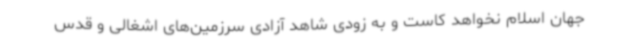
جهان اسلام نخواهد کاست و به زودی شاهد آزادی سرزمین‌های اشغالی و قدس